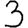
Digit: 3